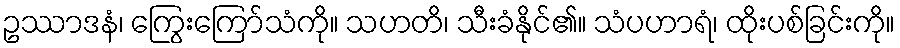
ဥဿာဒနံ၊ ကြွေးကြော်သံကို။ သဟတိ၊ သီးခံနိုင်၏။ သံပဟာရံ၊ ထိုးပစ်ခြင်းကို။